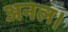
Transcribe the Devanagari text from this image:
अनल।